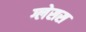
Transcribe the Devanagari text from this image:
ग्लेसस